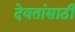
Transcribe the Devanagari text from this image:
देवतांसाठी